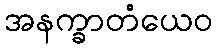
အနက္ခာတံယေဝ